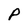
Character: P